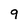
Character: 9